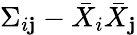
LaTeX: \Sigma_{i\mathbf{j}}-\bar{{X}}_{i}\bar{{X}}_{\mathbf{j}}